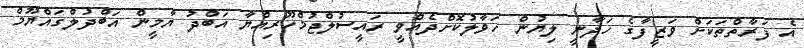
އެ ފަރާތްތަކަށް ވަޒީފާގެ ހަދާނީ ލިޔުން ހަވާލުކޮށްދެއްވީ ރައީސުލްޖުމްހޫރިއްޔާ އަބްދު ޔާމީން އަބްދުލްގައްޔޫމް